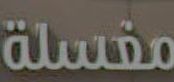
مغسلة